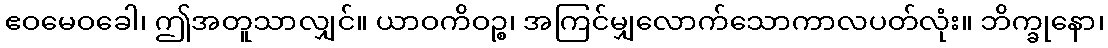
ဧဝမေဝခေါ၊ ဤအတူသာလျှင်။ ယာဝကိဝဉ္စ၊ အကြင်မျှလောက်သောကာလပတ်လုံး။ ဘိက္ခုနော၊